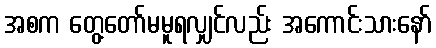
အစက တွေ့တော်မမူရလျှင်လည်း အကောင်းသားနော်